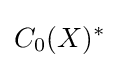
C_{0}(X)^{*}